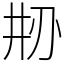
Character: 刱